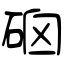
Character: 硇